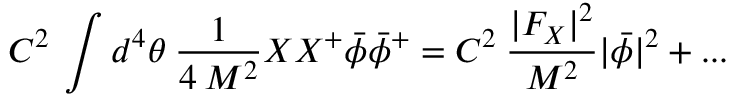
C ^ { 2 } \: \int d ^ { 4 } \theta \: { \frac { 1 } { 4 \: M ^ { 2 } } } X X ^ { + } \bar { \phi } \bar { \phi } ^ { + } = C ^ { 2 } \: { \frac { | F _ { X } | ^ { 2 } } { M ^ { 2 } } } | \bar { \phi } | ^ { 2 } + . . .